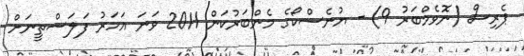
ޕެރިސް (ނޮވެމްބަރު 9) - ޔުނެސްކޯގެ މެންބަރުކަން 2011 ވަނަ އަހަރު ފަލަސްތީނަށް